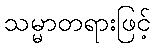
သမ္မာတရားဖြင့်